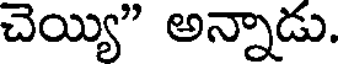
చెయ్యి" అన్నాడు.